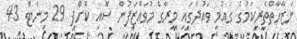
ނަޒާހާތްތެރިކަމުގެ ގައުމީ ވައުދުގައި މީރާގެ މުވައްޒަފުން ސޮއި ކޮށްފި 29 މިނެޓް 43